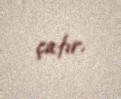
çatır.